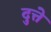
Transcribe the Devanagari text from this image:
दुत्ते